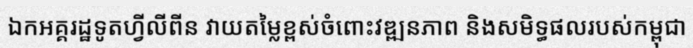
ឯកអគ្គរដ្ឋទូតហ្វីលីពីន វាយតម្លៃខ្ពស់ចំពោះវឌ្ឍនភាព និងសមិទ្ធផលរបស់កម្ពុជា